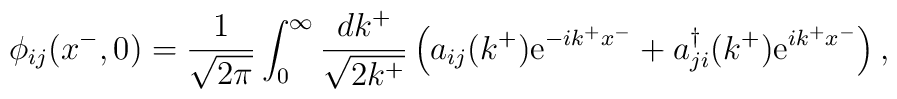
\phi_{ij}(x^{-} ,0) =  \frac{1}{\sqrt{2\pi}} \int_{0}^{\infty}\frac{dk^{+}}{\sqrt{2k^{+}}} \left( a_{ij}(k^{+}){\rm e}^{-ik^{+}x^{-}} +a_{ji}^{\dag}(k^{+}) {\rm e}^{ik^{+}x^{-}}\right) ,